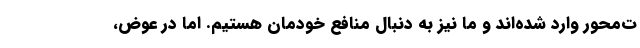
ت‌محور وارد شده‌اند و ما نیز به دنبال منافع خودمان هستیم. اما در عوض،